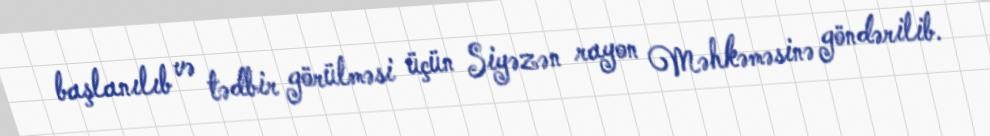
başlanılıb və tədbir görülməsi üçün Siyəzən rayon Məhkəməsinə göndərilib.